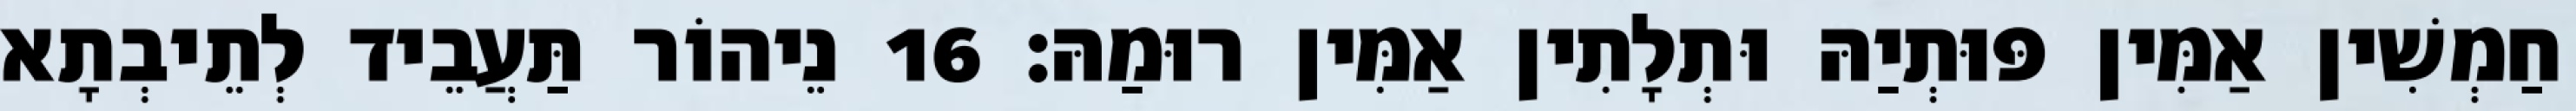
חַמְשִׁין אַמִּין פּוּתְיַהּ וּתְלָתִין אַמִּין רוּמַהּ׃ 16 נֵיהוֹר תַּעֲבֵיד לְתֵיבְתָא